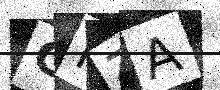
Text: GNZA